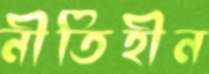
নীতিহীন